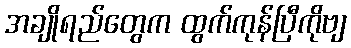
အချိုရည်တွေက ထွက်ကုန်ပြီကိုဗျ